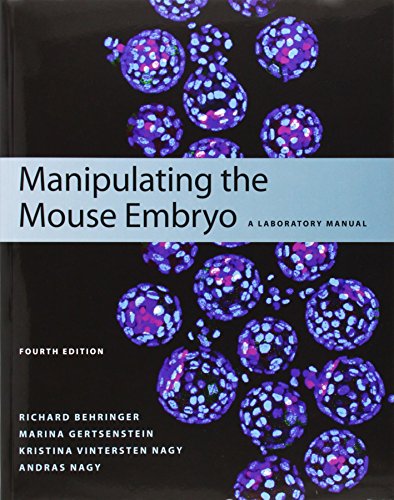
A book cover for Manipulating the Mouse Embryo: A Laboratory Manual, Fourth edition; Richard Behringer; Medical Books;